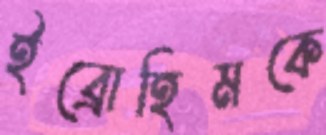
ইব্রোহিমকে